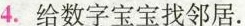
4.给数字宝宝找邻居.